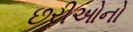
છરીઓનો